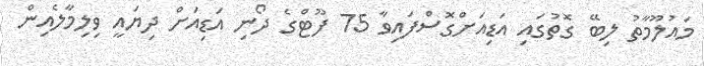
މައުލޫމާތު ލިބޭ ގޮތުގައި އަޑިއަށްގޮސްފައިވާ 75 ފޫޓްގެ ދޯނި އަޑިއަށް ދިޔައީ ވިލިމާލެއިން